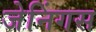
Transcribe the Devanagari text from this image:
जेनिंगस